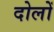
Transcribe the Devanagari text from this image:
दोलों